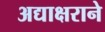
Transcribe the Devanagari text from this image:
अद्याक्षराने